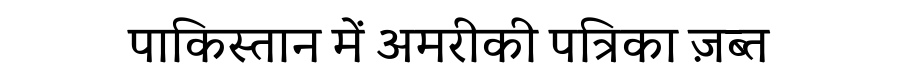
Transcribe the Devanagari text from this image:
पाकिस्तान में अमरीकी पत्रिका ज़ब्त